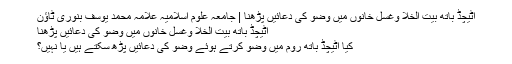
اٹیچڈ باتھ بیت الخلا وغسل خانوں میں وضو کی دعائیں پڑھنا | جامعہ علوم اسلامیہ علامہ محمد یوسف بنوری ٹاؤن
اٹیچڈ باتھ بیت الخلا وغسل خانوں میں وضو کی دعائیں پڑھنا
کیا اٹیچڈ باتھ روم میں وضو کرتے ہوئے وضو کی دعائیں پڑھ سکتے ہیں یا نہیں؟